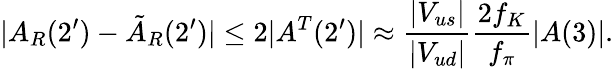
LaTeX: |A_{R}(2^{\prime})-\tilde{A}_{R}(2^{\prime})|\leq 2|A^{T}(2^{\prime})|\approx\frac{|V_{us}|}{|V_{ud}|}\frac{2f_{K}}{f_{\pi}}|A(3)|.